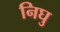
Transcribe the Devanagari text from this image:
निघु